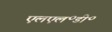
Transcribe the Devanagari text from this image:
एलएल॰डी॰